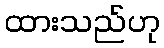
ထားသည်ဟု